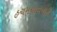
હચમચાવનારી